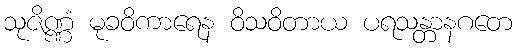
သုဇိဏ္ဏံ မုခဝိကာရေန ဝိသဝိတာယ ပရသန္တာနဂတေ